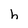
Character: h